Scientific memoirs by medical officers of the Army of India - Part VII,
Year: 1892
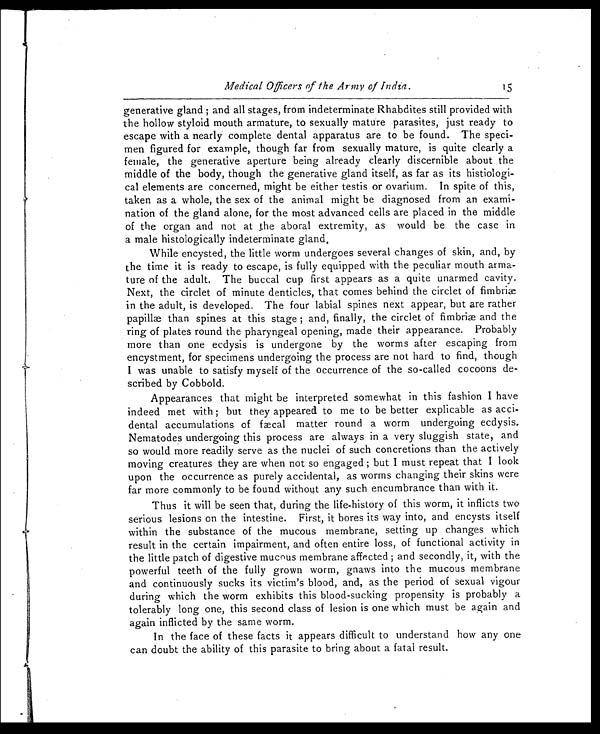
Medical Officers of the Army of India.
15
generative gland ; and all stages, from indeterminate Rhabdites still provided with
the hollow styloid mouth armature, to sexually mature parasites, just ready to
escape with a nearly complete dental apparatus are to be found. The speci-
men figured for example, though far from sexually mature, is quite clearly a
female, the generative aperture being already clearly discernible about the
middle of the body, though the generative gland itself, as far as its histiologi-
cal elements are concerned, might be either testis or ovarium. In spite of this,
taken as a whole, the sex of the animal might be diagnosed from an exami-
nation of the gland alone, for the most advanced cells are placed in the middle
of the organ and not at the aboral extremity, as would be the case in
a male histologically indeterminate gland.
While encysted, the little worm undergoes several changes of skin, and, by
the time it is ready to escape, is fully equipped with the peculiar mouth arma-
ture of the adult. The buccal cup first appears as a quite unarmed cavity.
Next, the circlet of minute denticles, that comes behind the circlet of fimbrix
in the adult, is developed. The four labial spines next appear, but are rather
papillæ than spines at this stage ; and, finally, the circlet of fimbriæ and the
ring of plates round the pharyngeal opening, made their appearance. Probably
more than one ecdysis is undergone by the worms after escaping from
encystment, for specimens undergoing the process are not hard to find, though
I was unable to satisfy myself of the occurrence of the so-called cocoons de-
scribed by Cobbold.
Appearances that might be interpreted somewhat in this fashion I have
indeed met with ; but they appeared to me to be better explicable as acci-
dental accumulations of fæcal matter round a worm undergoing ecdysis.
Nematodes undergoing this process are always in a very sluggish state, and
so would more readily serve as the nuclei of such concretions than the actively
moving creatures they are when not so engaged ; but I must repeat that I look
upon the occurrence as purely accidental, as worms changing their skins were
far more commonly to be found without any such encumbrance than with it.
Thus it will be seen that, during the life-history of this worm, it inflicts two
serious lesions on the intestine. First, it bores its way into, and encysts itself
within the substance of the mucous membrane, setting up changes which
result in the certain impairment, and often entire loss, of functional activity in
the little patch of digestive mucous membrane affected ; and secondly, it, with the
powerful teeth of the fully grown worm, gnaws into the mucous membrane
and continuously sucks its victim's blood, and, as the period of sexual vigour
during which the worm exhibits this blood-sucking propensity is probably a
tolerably long one, this second class of lesion is one which must be again and
again inflicted by the same worm.
In the face of these facts it appears difficult to understand how any one
can doubt the ability of this parasite to bring about a fatal result.